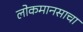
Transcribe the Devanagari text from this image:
लोकमानसाचा